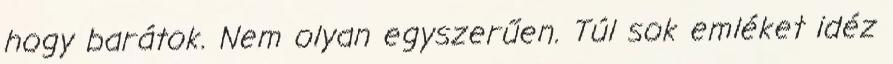
hogy barátok. Nem olyan egyszerűen. Túl sok emléket idéz